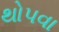
થોપવા